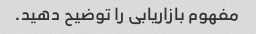
مفهوم بازاریابی را توضیح دهید.